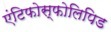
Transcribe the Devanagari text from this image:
एंटिफोस्फोलिपिड